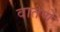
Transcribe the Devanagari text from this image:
वातणे